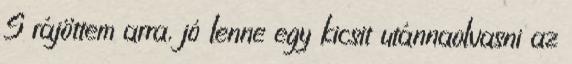
S rájöttem arra, jó lenne egy kicsit utánnaolvasni az